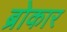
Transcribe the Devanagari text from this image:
ब्रोकार